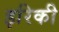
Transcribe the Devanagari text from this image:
इरिकी